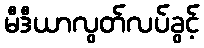
မီဒီယာလွတ်လပ်ခွင့်